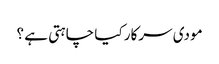
مودی سرکار کیا چاہتی ہے ؟